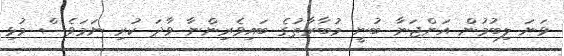
ވަނަ ލިބުމުން އަންޖަނާ ބުނީ މުބާރާތުގެ ބައިވެރިންނާ ވާދަ ކުރި ނަމަވެސް މުޅި